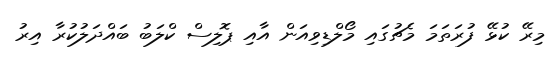
މިރޭ ކުޅޭ ފުރަތަމަ މެޗުގައި މޯލްޑިވިއަން އާއި ޕޮލިސް ކްލަބު ބައްދަލުކުރާ އިރު